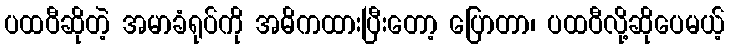
ပထဝီဆိုတဲ့ အမာခံရုပ်ကို အဓိကထားပြီးတော့ ပြောတာ၊ ပထဝီလို့ဆိုပေမယ့်